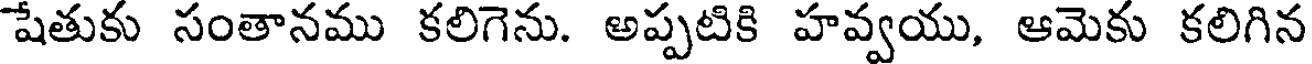
షేతుకు సంతానము కలిగెను. అప్పటికి హవ్వయు, ఆమెకు కలిగిన